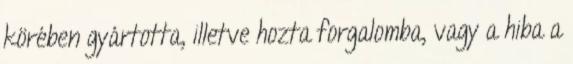
körében gyártotta, illetve hozta forgalomba, vagy a hiba a